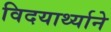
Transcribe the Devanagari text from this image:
विदयार्थ्‍याने